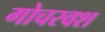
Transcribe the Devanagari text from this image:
गोचरवश